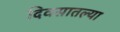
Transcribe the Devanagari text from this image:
दिवसातल्या